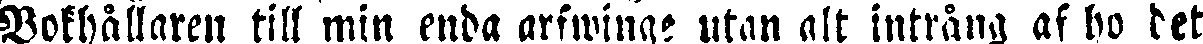
Bokhållaren till min enda arfwinge utan alt intrång af ho det